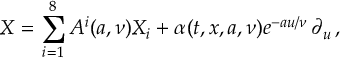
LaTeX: X = \sum _ { i = 1 } ^ { 8 } A ^ { i } ( a , \nu ) X _ { i } + \alpha ( t , x , a , { \nu } ) e ^ { - a u / \nu } \, \partial _ { u } \, ,